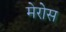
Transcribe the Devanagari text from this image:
मेरोस